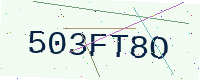
Text: 503FT8O